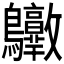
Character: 𪈶